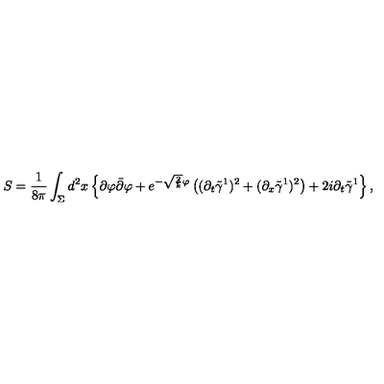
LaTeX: S = \frac { 1 } { 8 \pi } \int _ { \Sigma } d ^ { 2 } x \left\{ \partial \varphi \bar { \partial } \varphi + e ^ { - \sqrt { \frac { 2 } { k } } \varphi } \left( ( \partial _ { t } \tilde { \gamma } ^ { 1 } ) ^ { 2 } + ( \partial _ { x } \tilde { \gamma } ^ { 1 } ) ^ { 2 } \right) + 2 i \partial _ { t } \tilde { \gamma } ^ { 1 } \right\} ,